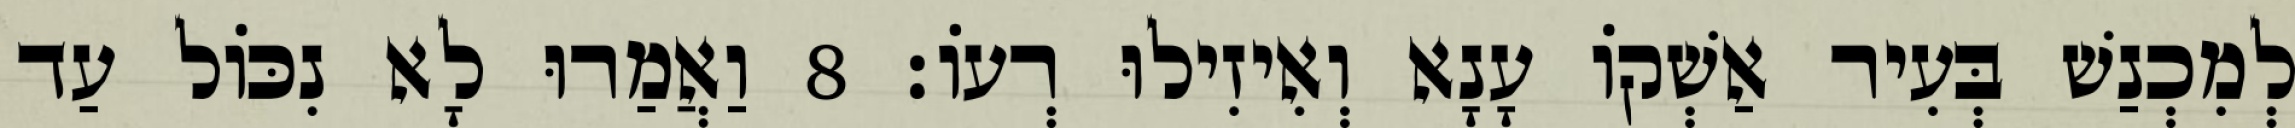
לְמִכְנַשׁ בְּעִיר אַשְׁקוֹ עָנָא וְאִיזִילוּ רְעוֹ׃ 8 וַאֲמַרוּ לָא נִכּוֹל עַד